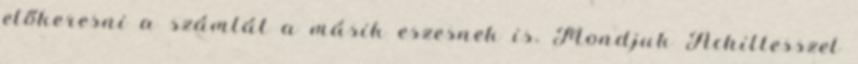
előkeresni a számlát a másik eszesnek is. Mondjuk Achillesszel